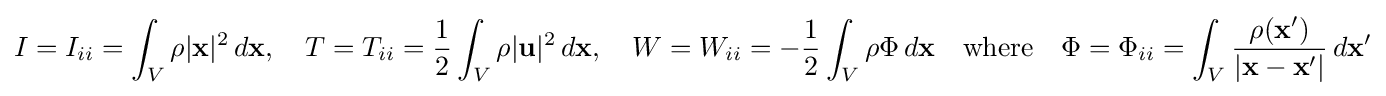
I=I_{ii}=\int _{V}\rho |\mathbf {x} |^{2}\,d\mathbf {x} ,\quad T=T_{ii}={\frac {1}{2}}\int _{V}\rho |\mathbf {u} |^{2}\,d\mathbf {x} ,\quad W=W_{ii}=-{\frac {1}{2}}\int _{V}\rho \Phi \,d\mathbf {x} \quad {\text{where}}\quad \Phi =\Phi _{ii}=\int _{V}{\frac {\rho (\mathbf {x'} )}{|\mathbf {x} -\mathbf {x'} |}}\,d\mathbf {x'}